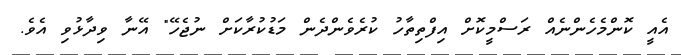
އެއީ ކޮންމެހެންނެއް ރަސްމީކޮށް އިފްތިތާހު ކުރެވެންދެން މަޑުކުރާކަށް ނުޖެހޭ" އޭނާ ވިދާޅުވި އެވެ.